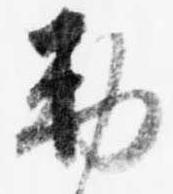
勅